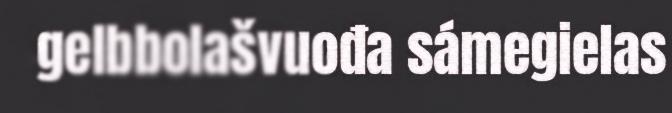
gelbbolašvuođa sámegielas